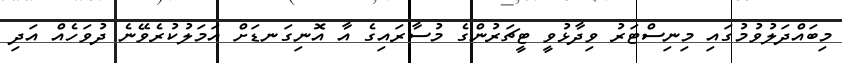
މިބައްދަލުވުމުގައި މިނިސްޓަރު ވިދާޅުވީ ޓީޗަރުންގެ މުސާރައިގެ އާ އޮނިގަނޑަށް އަމަލުކުރެވޭނެ ދުވަހެއް އަދި